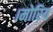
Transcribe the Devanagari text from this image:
।मोरिय